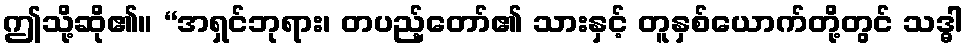
ဤသို့ဆို၏။ “အရှင်ဘုရား၊ တပည့်တော်၏ သားနှင့် တူနှစ်ယောက်တို့တွင် သဒ္ဓါ